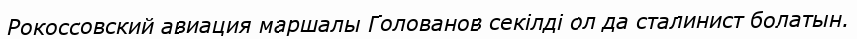
Рокоссовский авиация маршалы Голованов секілді ол да сталинист болатын.